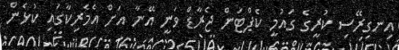
އިނގިރޭސި ކުރީގެ ގައުމީ ކެޕްޓަން ޖެރާޑް ވަނީ އޭނާ އަށް އެމެރިކާގައި ކުޅެން